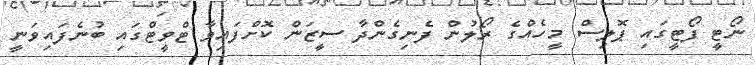
ނޯޓީ ފޯޓީގައި ޕޮލިސް މީހެއްގެ ރޯލުން ފެނިގެންދާ ސީޒަން ކޮށްފައިވާ ޓްވީޓްގައި ބުނެފައިވަނީ